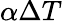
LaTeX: \alpha\Delta T